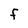
Character: F